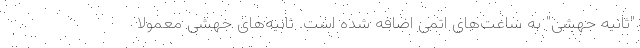
"ثانیه جهشی" به ساعت‌های اتمی اضافه شده است. ثانیه‌های جهشی معمولاً